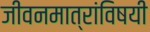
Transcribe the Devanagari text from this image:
जीवनमात्रांविषयी